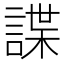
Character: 諜